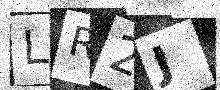
Text: LR2J